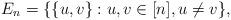
LaTeX: \begin{align*}E_n = \{ \{u,v\} : u, v \in [n], u \ne v \},\end{align*}